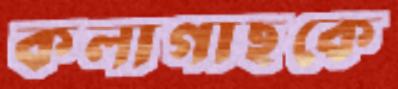
কলাগাছকে